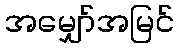
အမျှော်အမြင်